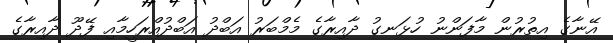
އޭނާގެ އިތުރުން މާފަންނު ހުޅަނގު ދާއިރާގެ މެމްބަރު އަބްދު އަބްދުއްރަހީމާއި ފޭދޫ ދާއިރާގެ